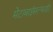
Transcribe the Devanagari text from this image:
मेटाबाईसल्फाईट